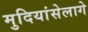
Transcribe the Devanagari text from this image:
मुदियांसेलागे